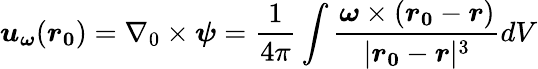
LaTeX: \boldsymbol{u_{\omega}}(\boldsymbol{r_{0}})=\nabla_{0}\times\boldsymbol{\psi}=\frac{1}{4\pi}\int\frac{\boldsymbol{\omega}\times(\boldsymbol{r_{0}}-\boldsymbol{r})}{|\boldsymbol{r_{0}}-\boldsymbol{r}|^{3}}dV